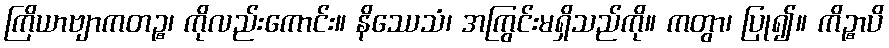
ကြိယာဗျာကတဉ္စ၊ ကိုလည်းကောင်း။ နိဿေသံ၊ အကြွင်းမရှိသည်ကို။ ကတွာ၊ ပြု၍။ ကိဉ္စာပိ